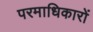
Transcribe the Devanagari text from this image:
परमाधिकारों